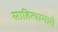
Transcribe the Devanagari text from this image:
साहित्यामागे